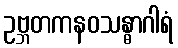
ဥဗ္ဘတကနဝသန္ဓာဂါရံ